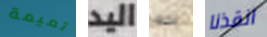
تميمة اليد به انقذنا